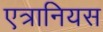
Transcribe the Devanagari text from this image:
एत्रानियस